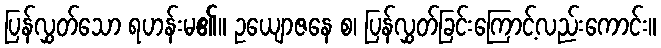
ပြန်လွှတ်သော ရဟန်းမ၏။ ဥယျောဇနေ စ၊ ပြန်လွှတ်ခြင်းကြောင့်လည်းကောင်း။